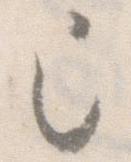
已